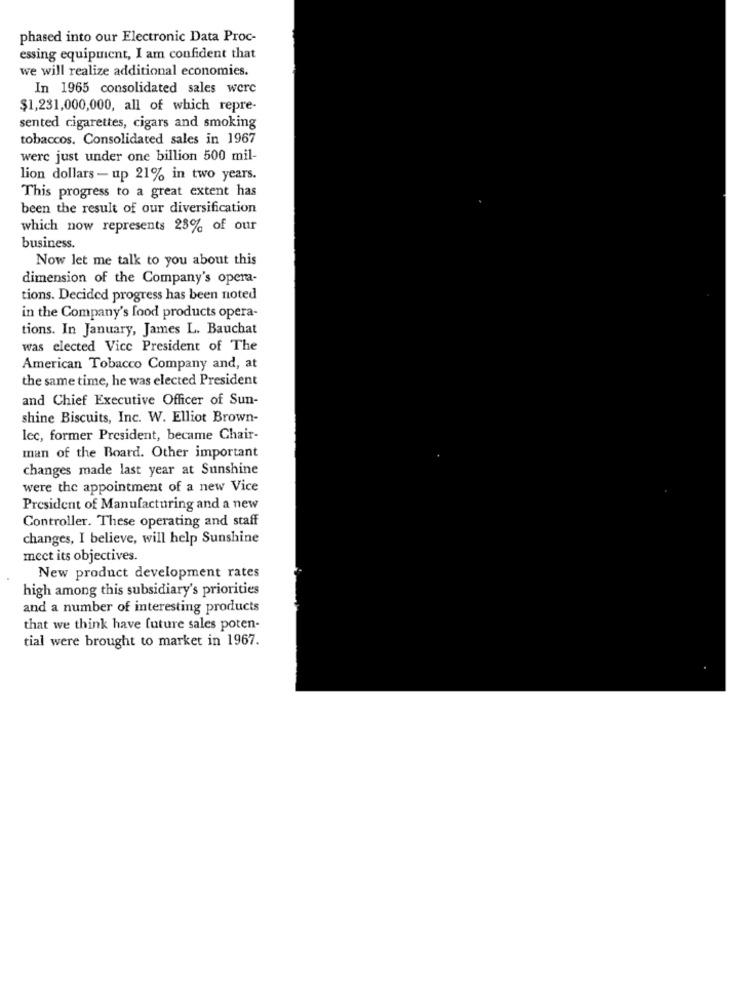
phased into our Electronic Data Proc-
essing equipment, I am confident that
we will realize additional economies.
In 1965 consolidated sales were
$1,231,000,000, all of which repre-
sented cigarettes, cigars and smoking
tobaccos. Consolidated sales in 1967
were just under one billion 500 mil-
lion dollars - up 21% in two years.
This progress to a great extent has
been the result of our diversification
which now represents 28% of our
business.
Now let me talk to you about this
dimension of the Company's opera-
tions. Decided progress has been noted
in the Company's food products opera-
tions. In January, James L. Bauchat
was elected Vice President of The
American Tobacco Company and, at
the same time, he was elected President
and Chief Executive Officer of Sun-
shine Biscuits, Inc. W. Elliot Brown-
lec, former President, became Chair-
man of the Board. Other important
changes made last year at Sunshine
were the appointment of a new Vice
President of Manufacturing and a new
Controller. These operating and staff
changes, I believe, will help Sunshine
mect its objectives.
New product development rates
high among this subsidiary's priorities
and a number of interesting products
that we think have future sales poten-
tial were brought to market in 1967.